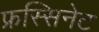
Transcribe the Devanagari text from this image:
फ्रस्सिनेट